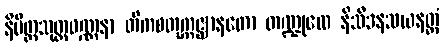
နိမိတ္တသုတ္တဝဏ္ဏနာ တိကစတုက္ကဇ္ဈာနတော တဏ္ဍုလေ နိသီဒနသယနတ္ထံ